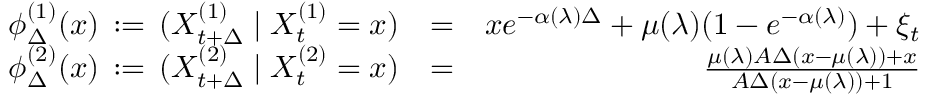
\begin{array} { r l r } { \phi _ { \Delta } ^ { ( 1 ) } ( x ) \, : = \, ( X _ { t + \Delta } ^ { ( 1 ) } \mid X _ { t } ^ { ( 1 ) } = x ) } & { = } & { x e ^ { - \alpha ( \lambda ) \Delta } + \mu ( \lambda ) ( 1 - e ^ { - \alpha ( \lambda ) } ) + \xi _ { t } } \\ { \phi _ { \Delta } ^ { ( 2 ) } ( x ) \, : = \, ( X _ { t + \Delta } ^ { ( 2 ) } \mid X _ { t } ^ { ( 2 ) } = x ) } & { = } & { \frac { \mu ( \lambda ) A \Delta ( x - \mu ( \lambda ) ) + x } { A \Delta ( x - \mu ( \lambda ) ) + 1 } } \end{array}